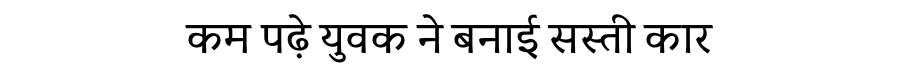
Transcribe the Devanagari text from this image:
कम पढ़े युवक ने बनाई सस्ती कार